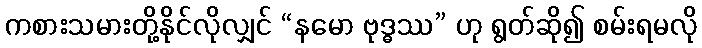
ကစားသမားတို့နိုင်လိုလျှင် “နမော ဗုဒ္ဓဿ” ဟု ရွတ်ဆို၍ စမ်းရမလို